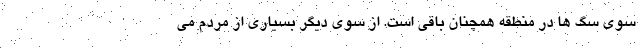
سوی سگ ها در منطقه همچنان باقی است. از سوی دیگر بسیاری از مردم می